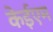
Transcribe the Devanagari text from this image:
केईएम